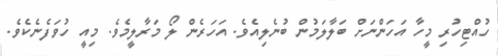
ހުއްޓިހުރި މީހާ އަހަންނަށް ބަލާލަމުން ބުނެލިއެވެ. އަހަރެން ލޯ މަރާލީމެވެ. މިއީ ހުވަފެނެކެވެ.